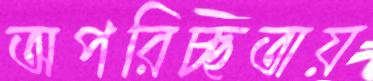
অপরিচ্ছতায়